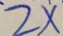
2 x